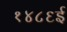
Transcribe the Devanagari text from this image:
१४८६ई